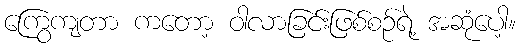
ကြွေကျတာ ကတော့ ဝါလာခြင်းဖြစ်စဉ်ရဲ့ အဆုံပေါ့။